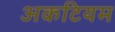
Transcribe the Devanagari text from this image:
अकटियम